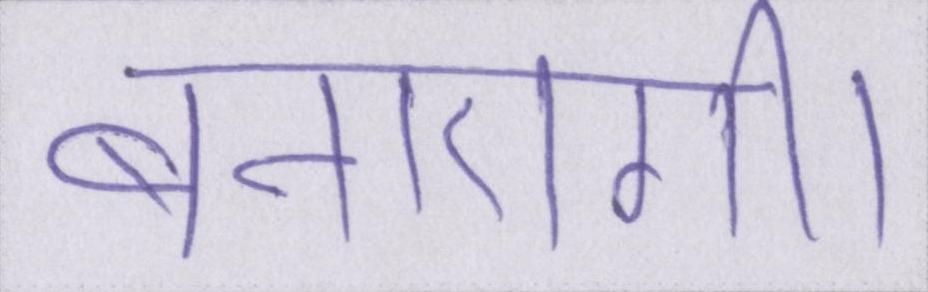
बनाएगी।